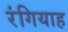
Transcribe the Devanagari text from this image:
रंगियाह